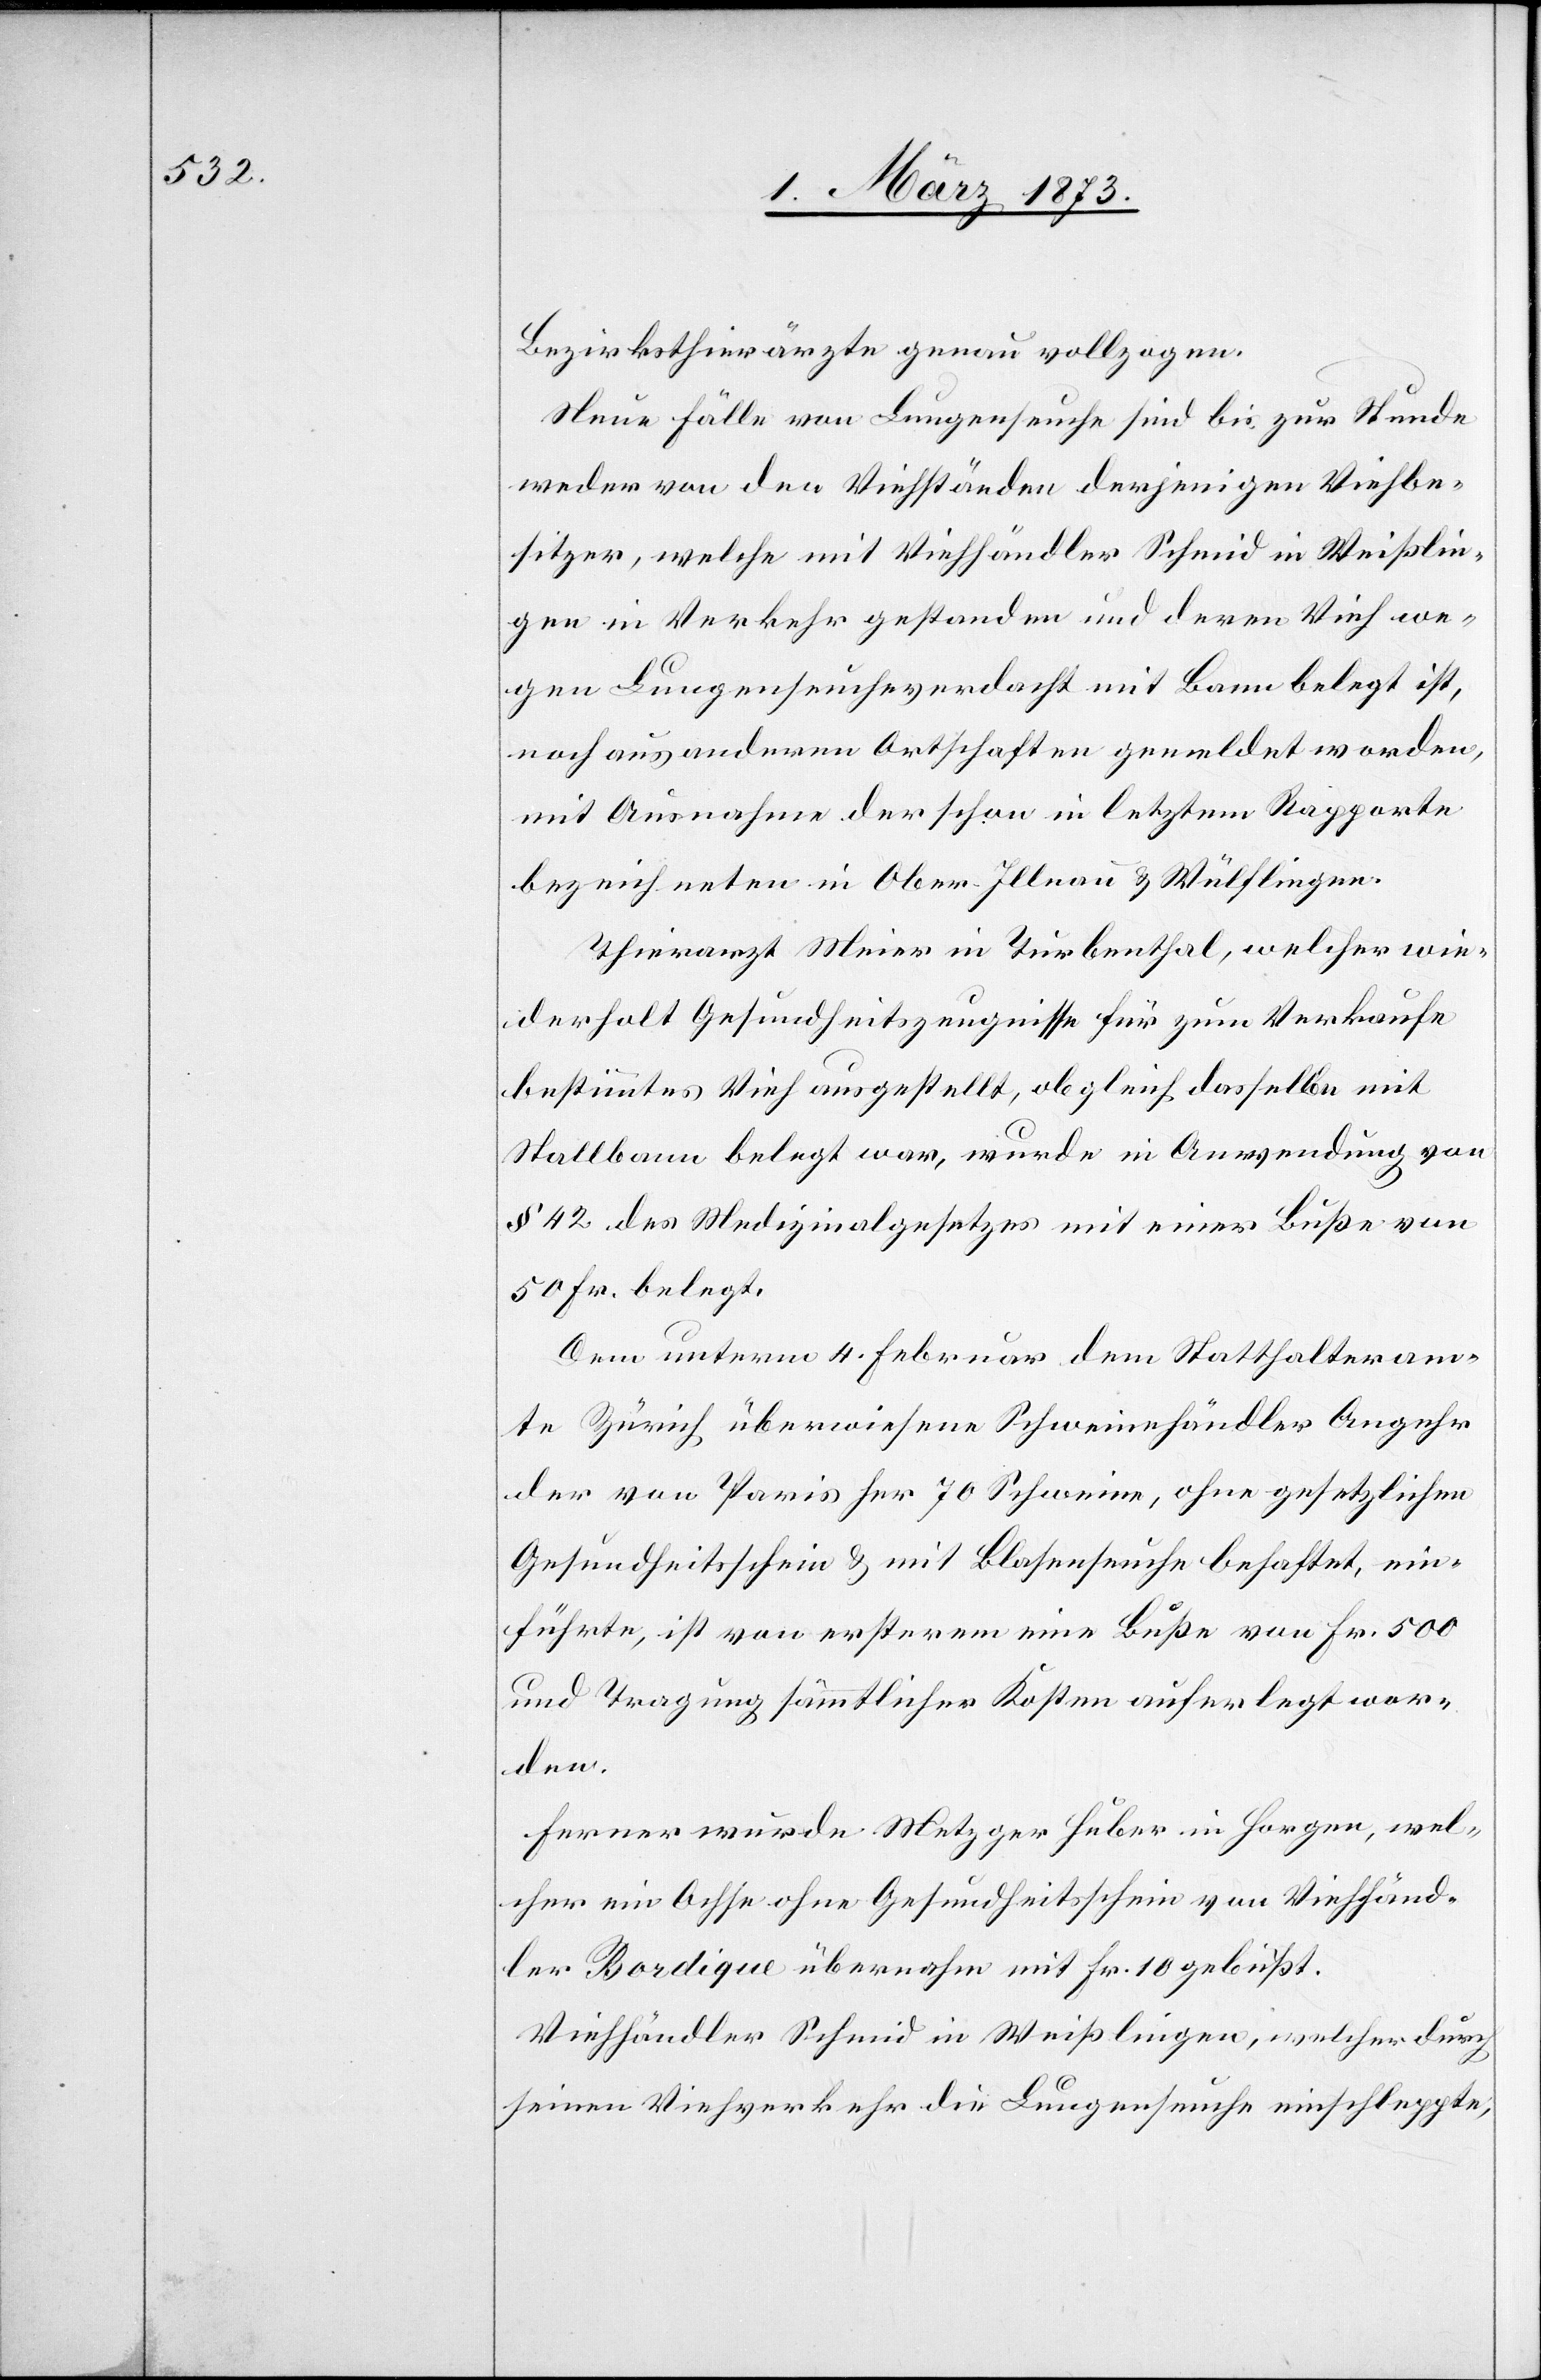
Bezirksthierärzte genau vollzogen.
Neue Fälle von Lungenseuche sind bis zur Stunde
weder von den Viehständen derjenigen Viehbe¬
sitzer, welche mit Viehhändler Schmid in Weißlin¬
gen in Verkehr gestanden und deren Vieh we¬
gen Lungenseuchenverdacht mit Bann belegt ist,
noch aus anderen Ortschaften gemeldet worden,
mit Ausnahme der schon in letztem Rapporte
bezeichneten in Ober-Illnau u. Wülflingen.
Thierarzt Meier in Turbenthal, welcher wie¬
derholt Gesundheitszeugnisse für zum Verkaufe
bestimmtes Vieh ausgestellt, obgleich dasselbe mit
Stallbann belegt war, wurde in Anwendung von
§ 42 des Medizinalgesetzes mit einer Buße von
50 Fr. belegt.
Dem unterm 4. Februar dem Statthalteram¬
te Zürich überwiesene Schweinehändler Angehr[,]
der von Paris her 70 Schweine, ohne gesetzlichen
Gesundheitsschein u. mit Blasenseuche behaftet, ein¬
führte, ist von ersterem eine Buße von Fr. 500
und Tragung sämmtlicher Kosten auferlegt wor¬
den.
Ferner wurde Metzger Huber in Horgen, wel¬
cher ein Ochse ohne Gesundheitsschein von Viehhänd¬
ler Bordique übernahm[,] mit Fr. 10 gebüßt.
Viehhändler Schmid in Weißlingen, welcher durch
seinen Viehverkehr die Lungenseuche einschleppte,